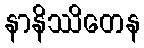
နာနိဿိတေန